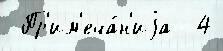
 Пр'им'еча́н'иjа  4